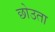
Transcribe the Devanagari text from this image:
छोउता